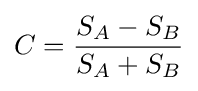
C={\frac {S_{A}-S_{B}}{S_{A}+S_{B}}}